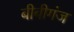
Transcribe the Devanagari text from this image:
बीबीगंज